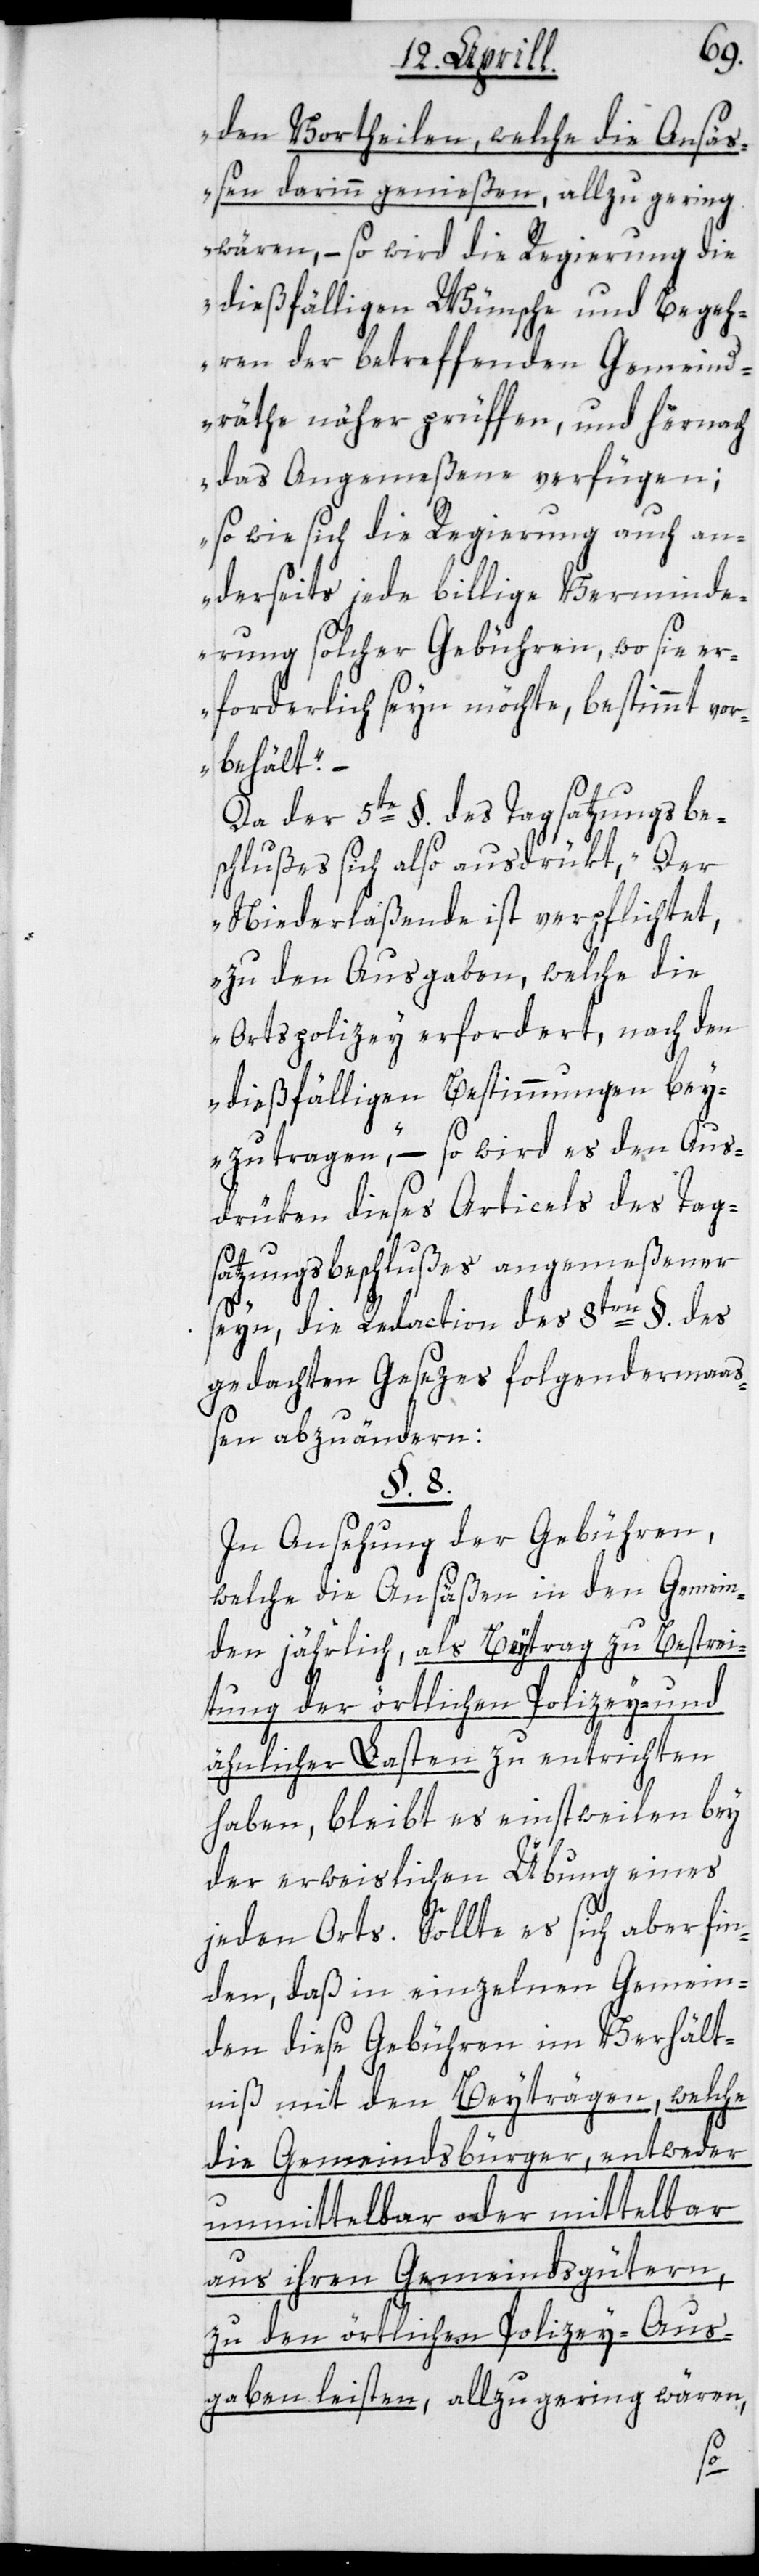
den Vortheilen, welche die Ansä¬
ßen darin genießen, allzu gering
wären, – so wird die Regierung die
dießfälligen Wünsche und Begeh¬
ren der betreffenden Gemeind¬
räthe näher prüffen, und hernach
das Angemeßene verfügen;
so wie sich die Regierung auch an¬
derseits jede billige Verminde¬
rung solcher Gebühren, wo sie er¬
forderlich seyn möchte, bestimmt vor¬
behält“.
Da der 5te §. des Tagsatzungsbe¬
schlußes sich also ausdrükt, „Der
Niederlaßende ist verpflichtet,
zu den Ausgaben, welche die
Ortspolizey erfordert, nach den
dießfälligen Bestimmungen bey¬
zutragen“, – so wird es den Aus¬
drüken dieses Articels des Tag¬
satzungsbeschlußes angemeßener
seyn, die Redaction des 8ten §. des
gedachten Gesezes folgendermaa¬
ßen abzuändern:
§ 8.
In Ansehung der Gebühren,
welche die Ansäßen in den Gemein¬
den jährlich, als Beytrag zu Bestrei¬
tung der örtlichen Polizey- und
ähnlicher Lasten zu entrichten
haben, bleibt es einstweilen bey
der erweislichen Übung eines
jeden Orts. Sollte es sich aber fin¬
den, daß in einzelnen Gemein¬
den diese Gebühren im Verhält¬
niß mit den Beyträgen, welche
die Gemeindsbürger, entweder
unmittelbar oder mittelbar
aus ihren Gemeindsgütern,
zu den örtlichen Polizey-Aus¬
gaben leisten, allzu gering wären,